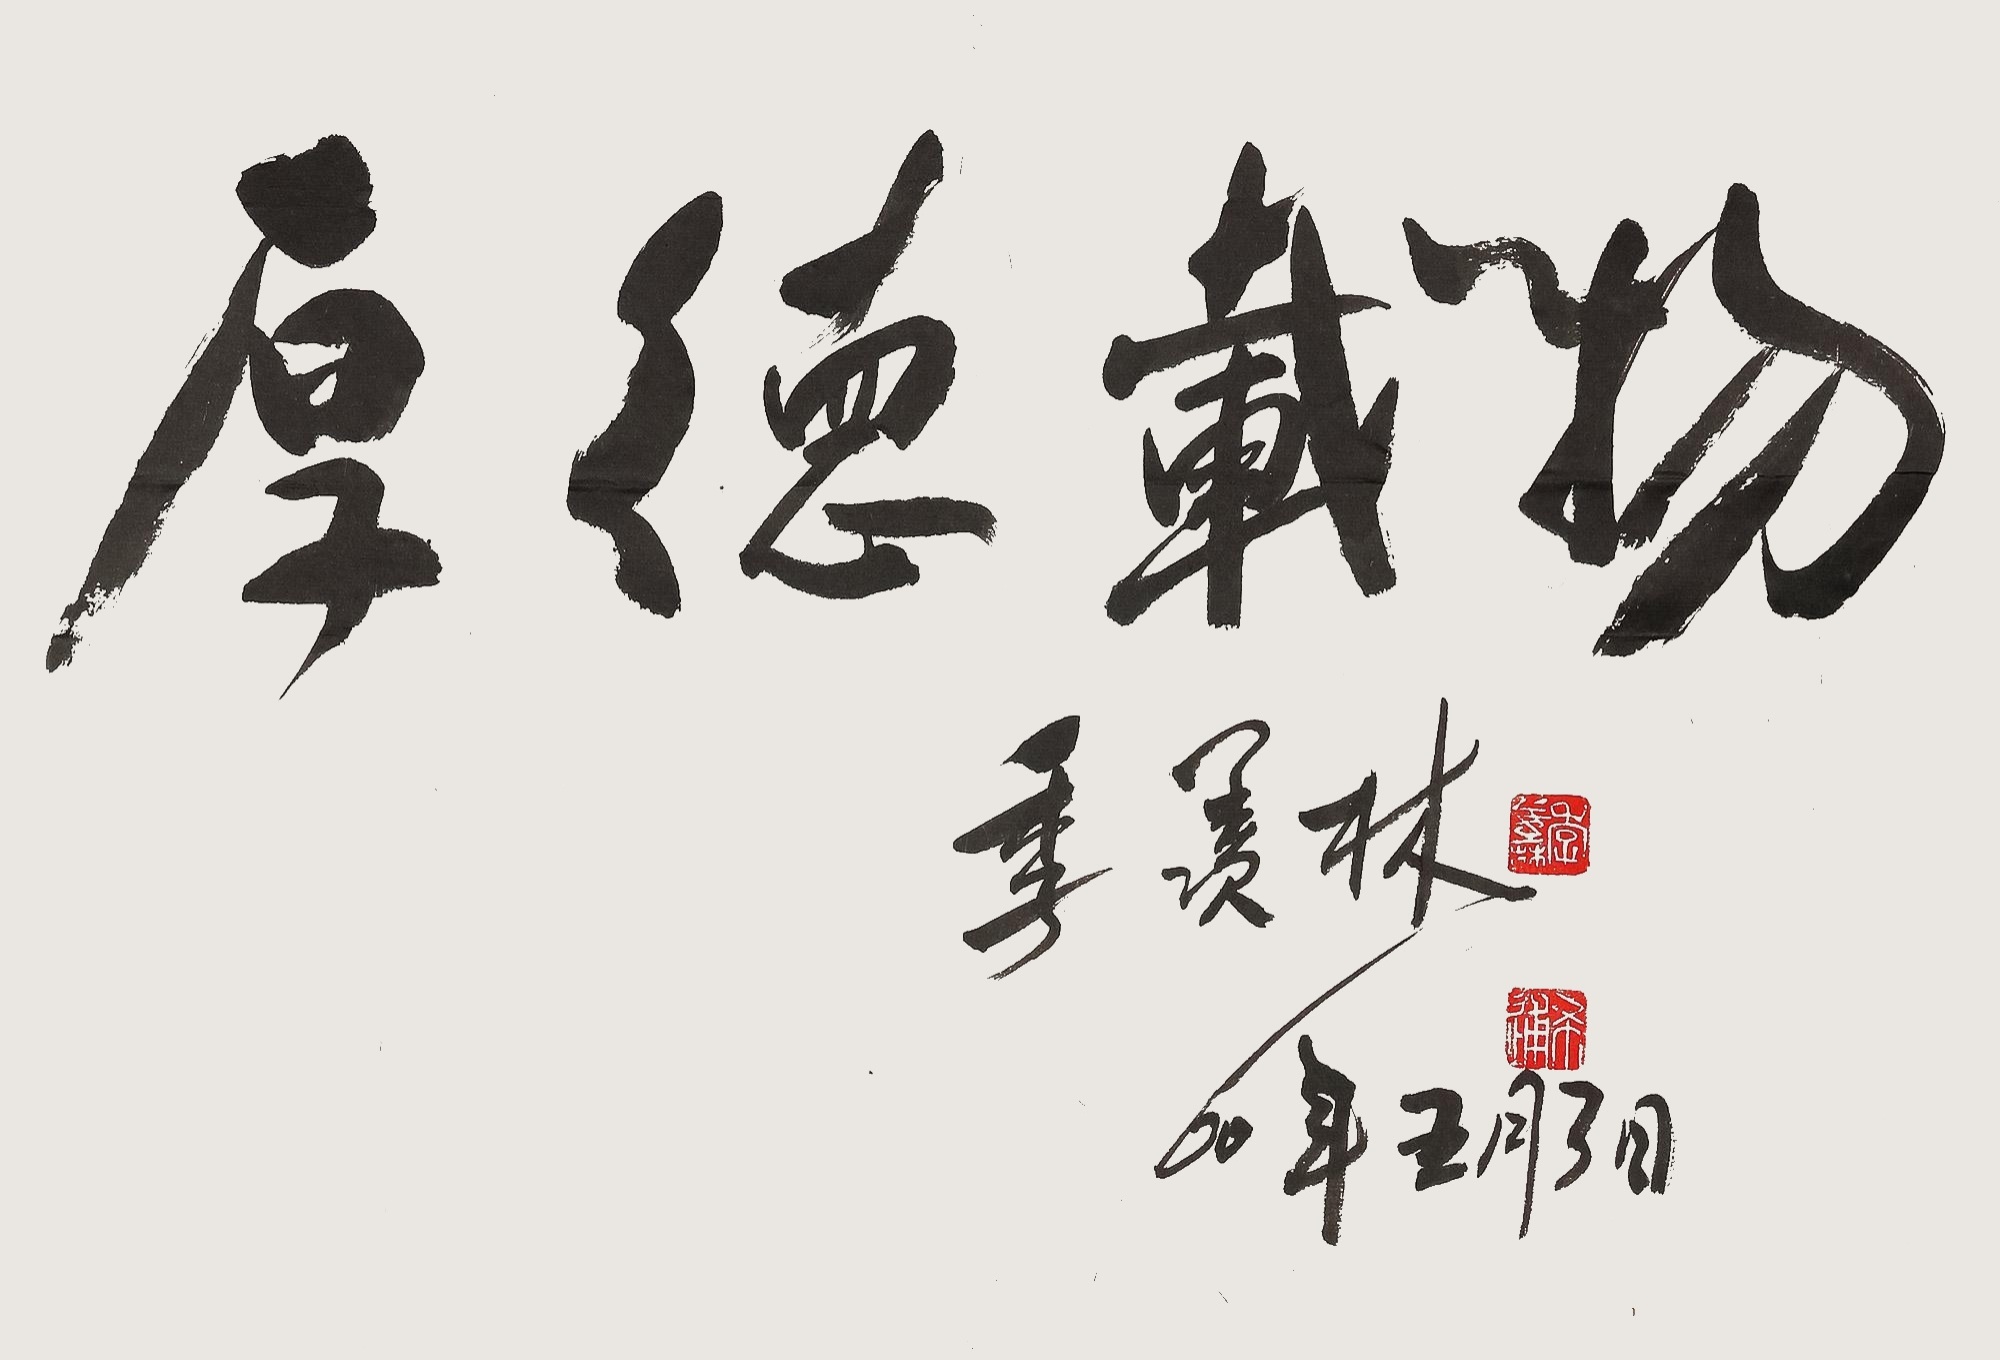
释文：厚德载物季羡林60年五月3日